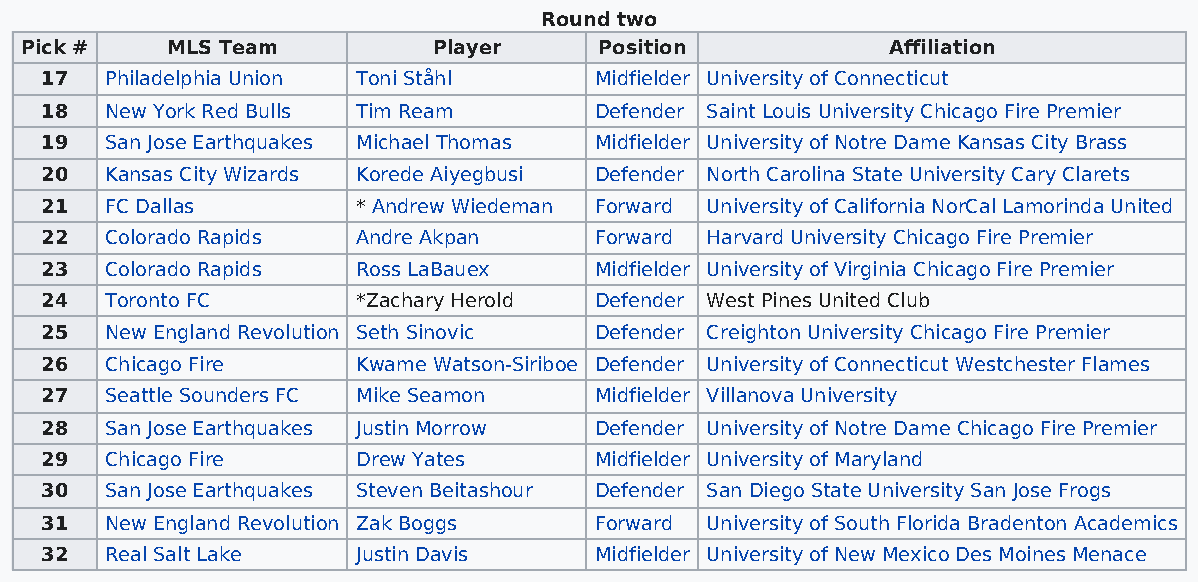
Round two
 Pick #    MLS Team          Player     Position           Affiliation
 17  Philadelphia Union Toni Ståhl   Midfielder University of Connecticut
 18  New York Red Bulls Tim Ream     Defender Saint Louis University Chicago Fire Premier
 19  San Jose Earthquakes Michael Thomas Midfielder University of Notre Dame Kansas City Brass
 20  Kansas City Wizards Korede Aiyegbusi Defender North Carolina State University Cary Clarets
 21  FC Dallas        * Andrew Wiedeman Forward University of California NorCal Lamorinda United
 22  Colorado Rapids  Andre Akpan    Forward Harvard University Chicago Fire Premier
 23  Colorado Rapids  Ross LaBauex   Midfielder University of Virginia Chicago Fire Premier
 24  Toronto FC       *Zachary Herold Defender West Pines United Club
 25  New England Revolution Seth Sinovic Defender Creighton University Chicago Fire Premier
 26  Chicago Fire     Kwame Watson-Siriboe Defender University of Connecticut Westchester Flames
 27  Seattle Sounders FC Mike Seamon Midfielder Villanova University
 28  San Jose Earthquakes Justin Morrow Defender University of Notre Dame Chicago Fire Premier
 29  Chicago Fire     Drew Yates     Midfielder University of Maryland
 30  San Jose Earthquakes Steven Beitashour Defender San Diego State University San Jose Frogs
 31  New England Revolution Zak Boggs Forward University of South Florida Bradenton Academics
 32  Real Salt Lake   Justin Davis   Midfielder University of New Mexico Des Moines Menace